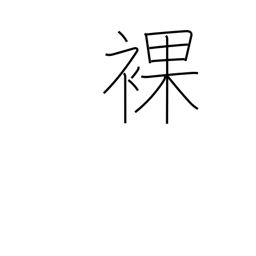
Meaning: uncovered